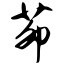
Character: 茆